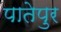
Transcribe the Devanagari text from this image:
पातेपुर